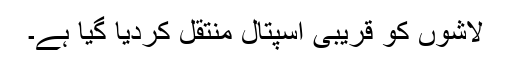
لاشوں کو قریبی اسپتال منتقل کردیا گیا ہے۔